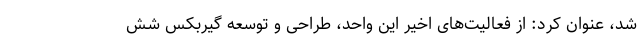
شد، عنوان کرد: از فعالیت‌های اخیر این واحد، طراحی و توسعه گیربکس شش